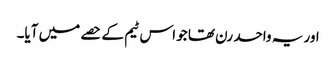
اور یہ واحد رن تھا جو اس ٹیم کے حصے میں آیا۔